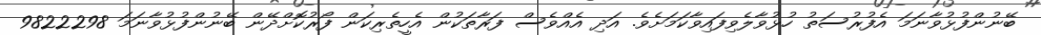
ބޭނުންފުޅުވާނަމަ އެފުރުސަތު ހުޅުވާލެވިފައިވާކަމަށެވެ. އަދި އެއްވެސް ފަރާތަކުން އެހީތެރިކަން ފޯރުކޮށްދޭން ބޭނުންފުޅުވާނަމަ 9822298